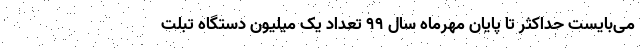
می‌بایست حداکثر تا پایان مهرماه سال ۹۹ تعداد یک میلیون دستگاه تبلت